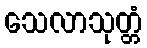
သေလာသုတ္တံ